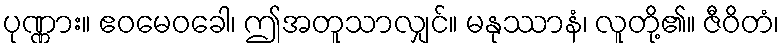
ပုဏ္ဏား။ ဧဝမေဝခေါ၊ ဤအတူသာလျှင်။ မနုဿာနံ၊ လူတို့၏။ ဇီဝိတံ၊